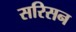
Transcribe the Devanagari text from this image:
सरिसन